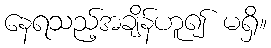
နေရသည့်အချိန်ဟူ၍ မရှိ။